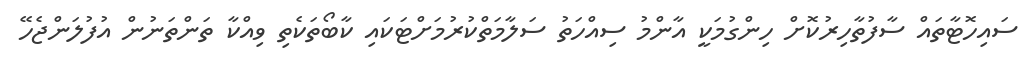
ސައިހޮޓާތައް ސާފުތާހިރުކޮށް ހިންގުމަކީ އާންމު ސިއްހަތު ސަލާމަތްކުރުމަށްޓަކައި ކާބޯތަކެތި ވިއްކާ ތަންތަނުން އުފުލަންޖެހޭ